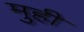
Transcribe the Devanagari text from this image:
मुही